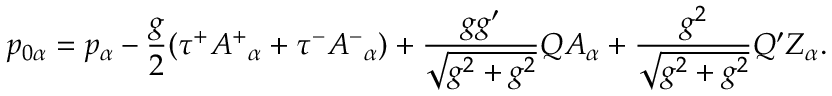
p _ { 0 \alpha } = p _ { \alpha } - \frac { g } { 2 } ( \tau ^ { + } A ^ { + } { } _ { \alpha } + \tau ^ { - } A ^ { - } { } _ { \alpha } ) + \frac { g g ^ { \prime } } { \sqrt { g ^ { 2 } + g ^ { 2 } } } Q A _ { \alpha } + \frac { g ^ { 2 } } { \sqrt { g ^ { 2 } + g ^ { 2 } } } Q ^ { \prime } Z _ { \alpha } .